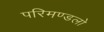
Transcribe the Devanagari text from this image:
परिमण्डलो